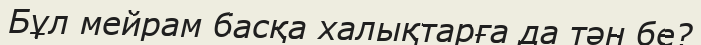
Бұл мейрам басқа халықтарға да тән бе?